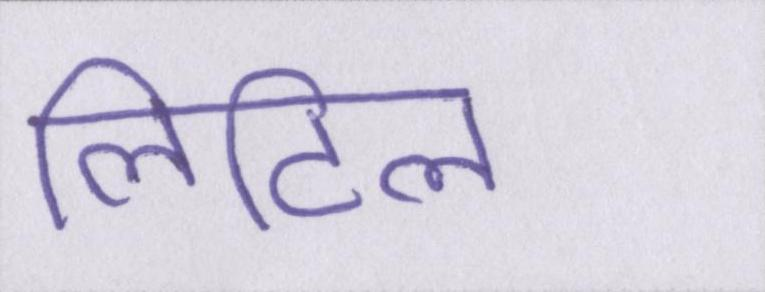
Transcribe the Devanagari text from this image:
लिटिल